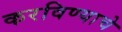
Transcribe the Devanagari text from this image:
करविण्याचे